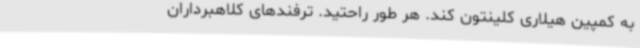
به کمپین هیلاری کلینتون کند. هر طور راحتید. ترفندهای کلاهبرداران